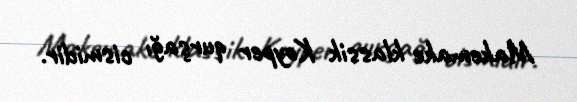
Makemake klassik Koyper qurşağı cismidir.